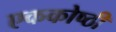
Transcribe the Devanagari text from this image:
एककोष्ठी